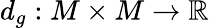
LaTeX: d_{g}:M\times M\to\mathbb{R}